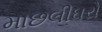
માછલીઘરો